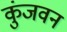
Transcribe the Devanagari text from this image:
कुंजवन